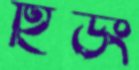
হিউং